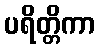
ပရိတ္တိကာ